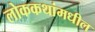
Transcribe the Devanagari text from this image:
लोककथांमधील